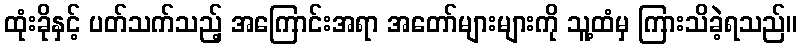
ထုံးခိုနှင့် ပတ်သက်သည့် အကြောင်းအရာ အတော်များများကို သူ့ထံမှ ကြားသိခဲ့ရသည်။